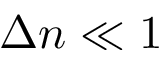
\Delta n \ll 1